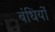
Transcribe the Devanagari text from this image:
बंधियों